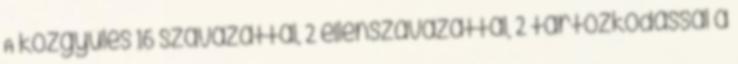
A közgyűlés 16 szavazattal, 2 ellenszavazattal, 2 tartózkodással a